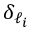
{ \delta _ { \ell _ { i } } }